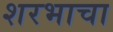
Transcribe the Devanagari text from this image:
शरभाचा